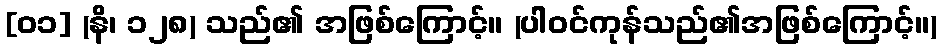
[၀၁] (နိ၊ ၁၂၈) သည်၏ အဖြစ်ကြောင့်။ (ပါဝင်ကုန်သည်၏အဖြစ်ကြောင့်။)